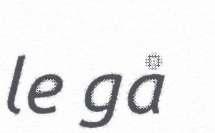
le gå